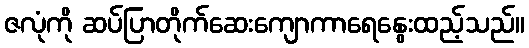
ဇလုံကို ဆပ်ပြာတိုက်ဆေးကျောကာရေနွေးထည့်သည်။